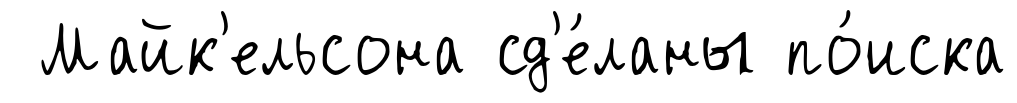
Майк'ельсона сд'е́ланы по́иска